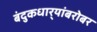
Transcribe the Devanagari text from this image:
बंदुकधार्‍यांबरोबर